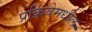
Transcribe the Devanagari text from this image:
प्रक्रियेमधील